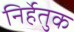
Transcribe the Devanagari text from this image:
निर्हेतुक